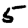
Digit: 5